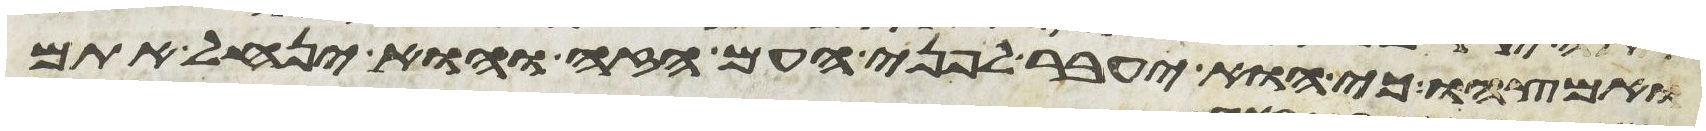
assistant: ואמצהו כי הוא יעבר לפני העם הזה והוא ינחל אתם